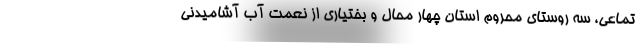
تماعی، سه روستای محروم استان چهار محال و بختیاری از نعمت آب آشامیدنی